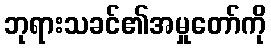
ဘုရားသခင်၏အမှုတော်ကို